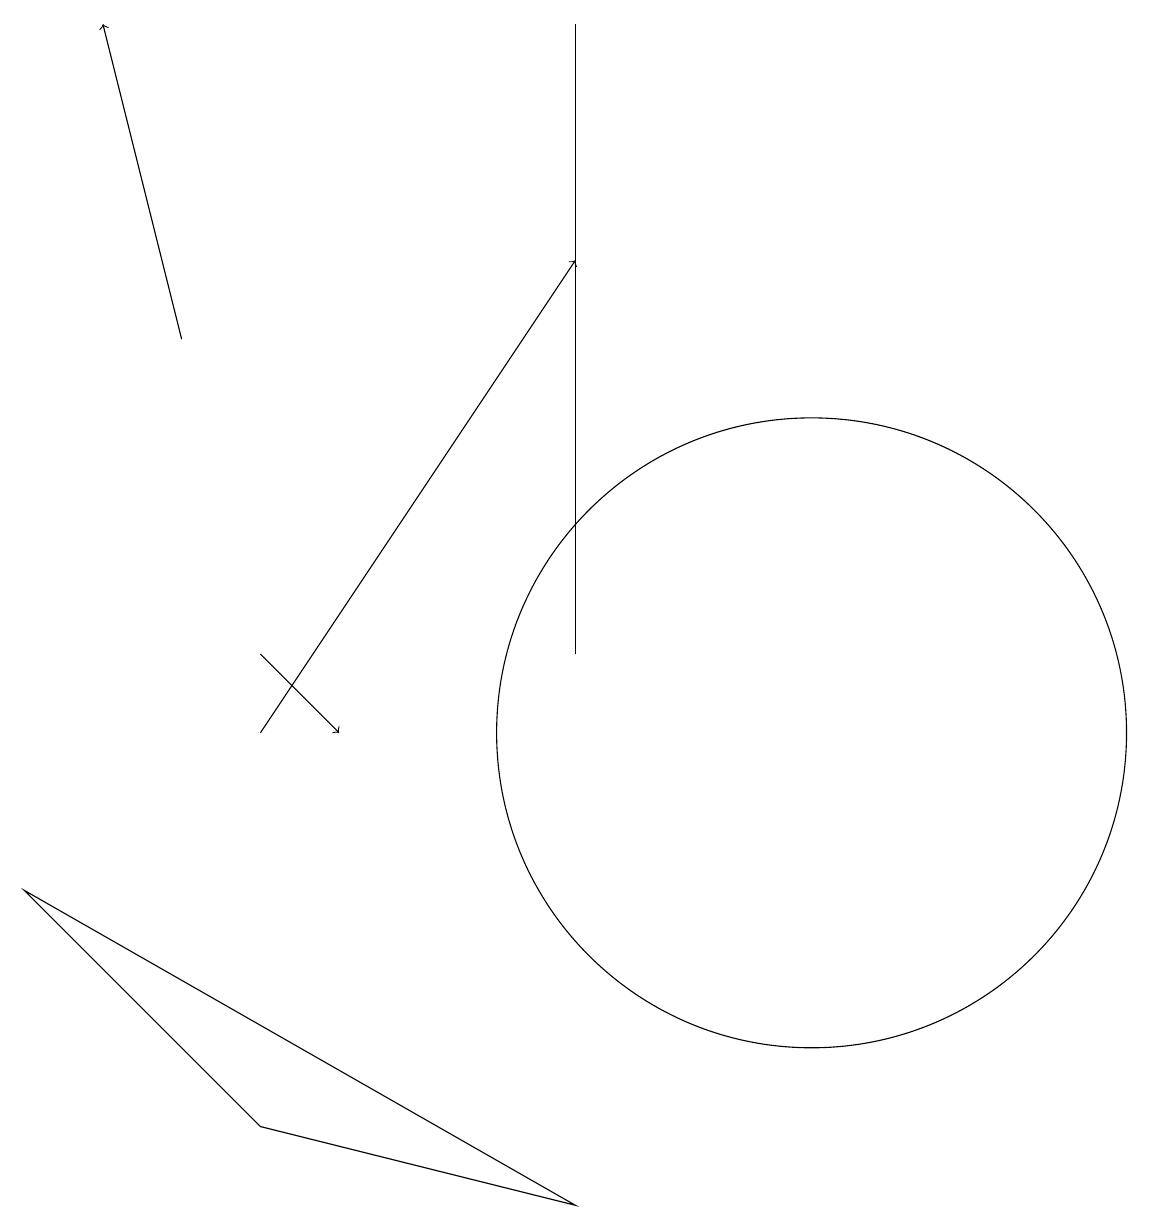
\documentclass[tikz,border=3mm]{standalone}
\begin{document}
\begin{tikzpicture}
\draw[->] (5,10) -- (9,16);
\draw[->] (5,11) -- (6,10);
\draw (2,8) -- (5,5) -- (9,4) -- cycle;
\draw[->] (4,15) -- (3,19);
\draw (12,10) circle (4);
\draw (9,11) rectangle (9,19);
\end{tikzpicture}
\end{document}